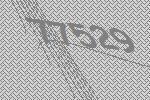
77529